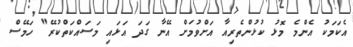
އެކަމަކު އެންމެ މޮޅު ކުޅުންތެރިއާ އަށްވުމަށް އޭނާ ގަދަ އަޅައި މަސައްކަތްކުރޭ" ހަމޭސް